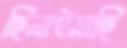
ছিনাইয়াছি